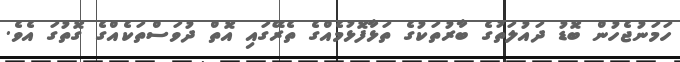
ހަމަނުޖެހުން ބޮޑު ދައުލަތުގެ ބާރުތަކުގެ ތަޅާފޮޅުމެއްގެ ތެރޭގައި އޮތް ދުވަސްތަކެއްގެ ގޮތުގަ އެވެ.